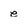
Character: e